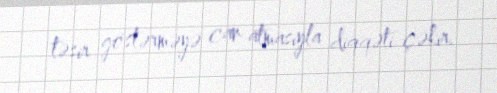
təsir göstərməyə can atmasıyla diqqəti çəkir.